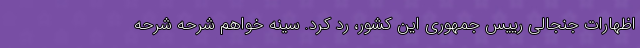
اظهارات جنجالی رییس جمهوری این کشور، رد کرد. سینه خواهم شرحه شرحه